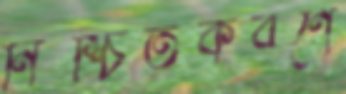
নিশ্চিতকরণে